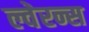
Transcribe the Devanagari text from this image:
ल्वेरन्स